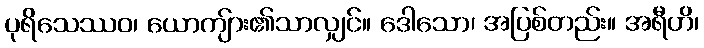
ပုရိသေဿဝ၊ ယောကျ်ား၏သာလျှင်။ ဒေါသော၊ အပြစ်တည်း။ အရီဟိ၊